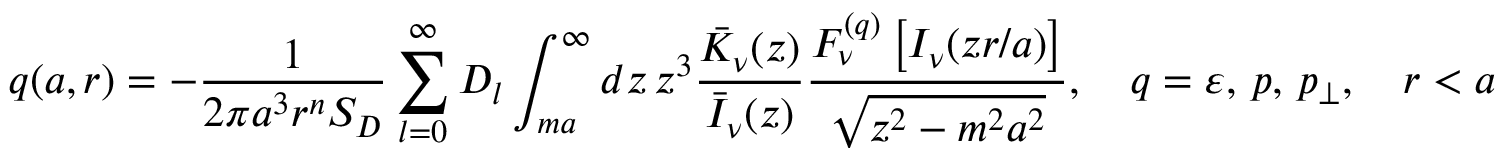
q ( a , r ) = - \frac { 1 } { 2 \pi a ^ { 3 } r ^ { n } S _ { D } } \sum _ { l = 0 } ^ { \infty } D _ { l } \int _ { m a } ^ { \infty } d z \, z ^ { 3 } \frac { \bar { K } _ { \nu } ( z ) } { \bar { I } _ { \nu } ( z ) } \frac { F _ { \nu } ^ { ( q ) } \left[ I _ { \nu } ( z r / a ) \right] } { \sqrt { z ^ { 2 } - m ^ { 2 } a ^ { 2 } } } , \quad q = \varepsilon , \, p , \, p _ { \perp } , \quad r < a ,